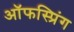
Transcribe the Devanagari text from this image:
ऑफस्प्रिंग